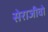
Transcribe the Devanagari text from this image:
सेराजीवो